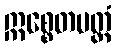
ဣစ္စေတမတ္ထံ